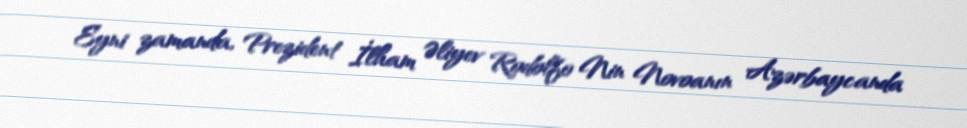
Eyni zamanda, Prezident İlham Əliyev Rodolfo Nin Novoanın Azərbaycanda